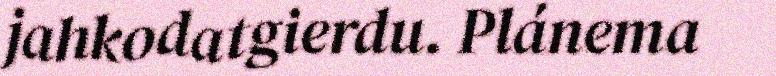
jahkodatgierdu. Plánema